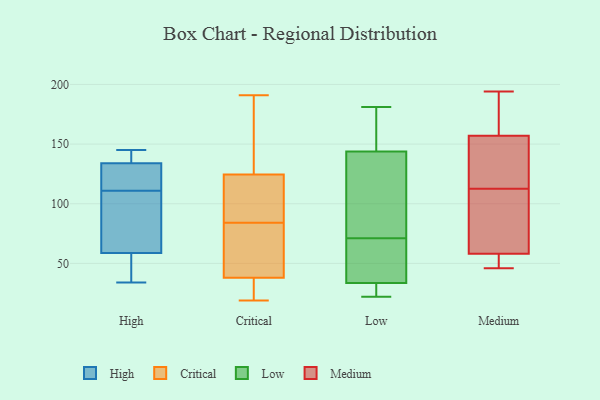
{"axis": {"x": "Conversion Rate (%)", "y": "Value"}, "legend": ["Critical", "High", "Low", "Medium"], "data": [{"x": "", "y": 111, "type": "High"}, {"x": "", "y": 145, "type": "High"}, {"x": "", "y": 34, "type": "High"}, {"x": "", "y": 97, "type": "High"}, {"x": "", "y": 122, "type": "High"}, {"x": "", "y": 116, "type": "High"}, {"x": "", "y": 138, "type": "High"}, {"x": "", "y": 46, "type": "High"}, {"x": "", "y": 109, "type": "High"}, {"x": "", "y": 37, "type": "High"}, {"x": "", "y": 141, "type": "High"}, {"x": "", "y": 130, "type": "Critical"}, {"x": "", "y": 27, "type": "Critical"}, {"x": "", "y": 117, "type": "Critical"}, {"x": "", "y": 62, "type": "Critical"}, {"x": "", "y": 128, "type": "Critical"}, {"x": "", "y": 121, "type": "Critical"}, {"x": "", "y": 115, "type": "Critical"}, {"x": "", "y": 191, "type": "Critical"}, {"x": "", "y": 102, "type": "Critical"}, {"x": "", "y": 66, "type": "Critical"}, {"x": "", "y": 174, "type": "Critical"}, {"x": "", "y": 44, "type": "Critical"}, {"x": "", "y": 39, "type": "Critical"}, {"x": "", "y": 19, "type": "Critical"}, {"x": "", "y": 28, "type": "Critical"}, {"x": "", "y": 37, "type": "Critical"}, {"x": "", "y": 163, "type": "Low"}, {"x": "", "y": 33, "type": "Low"}, {"x": "", "y": 119, "type": "Low"}, {"x": "", "y": 71, "type": "Low"}, {"x": "", "y": 152, "type": "Low"}, {"x": "", "y": 35, "type": "Low"}, {"x": "", "y": 22, "type": "Low"}, {"x": "", "y": 181, "type": "Low"}, {"x": "", "y": 71, "type": "Low"}, {"x": "", "y": 41, "type": "Low"}, {"x": "", "y": 32, "type": "Low"}, {"x": "", "y": 194, "type": "Medium"}, {"x": "", "y": 164, "type": "Medium"}, {"x": "", "y": 46, "type": "Medium"}, {"x": "", "y": 70, "type": "Medium"}, {"x": "", "y": 58, "type": "Medium"}, {"x": "", "y": 111, "type": "Medium"}, {"x": "", "y": 72, "type": "Medium"}, {"x": "", "y": 114, "type": "Medium"}, {"x": "", "y": 190, "type": "Medium"}, {"x": "", "y": 47, "type": "Medium"}, {"x": "", "y": 51, "type": "Medium"}, {"x": "", "y": 131, "type": "Medium"}, {"x": "", "y": 157, "type": "Medium"}, {"x": "", "y": 160, "type": "Medium"}, {"x": "", "y": 131, "type": "Medium"}, {"x": "", "y": 82, "type": "Medium"}, {"x": "", "y": 58, "type": "Medium"}, {"x": "", "y": 145, "type": "Medium"}]}